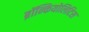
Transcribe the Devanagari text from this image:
ब्रॉन्कियोलिटिस